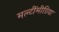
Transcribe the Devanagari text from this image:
मल्टींमीडिया